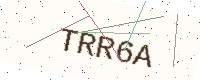
Text: TRR6A